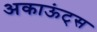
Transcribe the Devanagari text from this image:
अकाऊंट्‌स